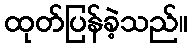
ထုတ်ပြန်ခဲ့သည်။